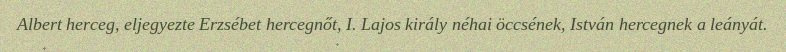
Albert herceg, eljegyezte Erzsébet hercegnőt, I. Lajos király néhai öccsének, István hercegnek a leányát.